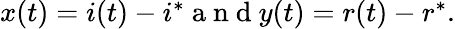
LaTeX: \begin{array}{r}{x(t)=i(t)-i^{*}\mathrm{~a~n~d~}y(t)=r(t)-r^{*}.}\end{array}